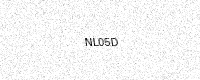
Text: NL05D